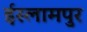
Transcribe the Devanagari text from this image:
ईस्लामपुर